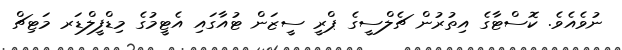
ނުވެއެވެ. ކޮސްޓާގެ އިތުރުން ޗެލްސީގެ ޕްރީ ސީޒަން ޓުއާގައި އެޓީމުގެ މިޑްފީލްޑަރ މަޓިޗް